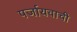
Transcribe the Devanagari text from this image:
पर्जायवाची